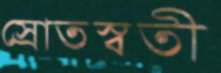
স্রোতস্বতী